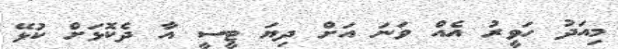
މިއަދު ހަވީރު އެއް ވަނަ އަށް ދިޔަ ޓީސީ އާ ދެކޮޅަށް ކުޅޭ